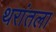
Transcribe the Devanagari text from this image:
थरांतला